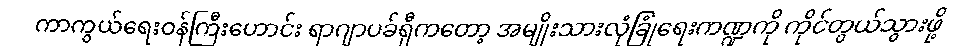
ကာကွယ်ရေးဝန်ကြီးဟောင်း ရာဂျာပခ်ရှီကတော့ အမျိုးသားလုံခြုံရေးကဏ္ဍကို ကိုင်တွယ်သွားဖို့